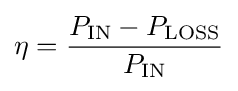
\eta ={\frac {P_{\text{IN}}-P_{\text{LOSS}}}{P_{\text{IN}}}}